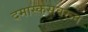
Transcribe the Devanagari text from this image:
दमास्कसवरून